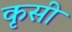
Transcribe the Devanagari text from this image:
कृसी